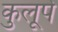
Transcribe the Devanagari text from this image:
कुलूपे